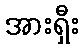
အားရှီး